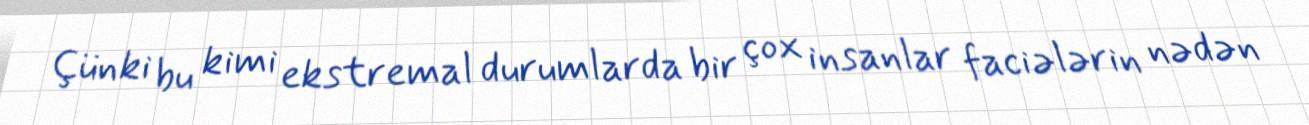
Çünki bu kimi ekstremal durumlarda bir çox insanlar faciələrin nədən